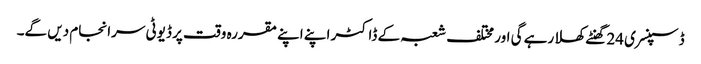
ڈسپنسری 24 گھنٹے کھلا رہے گی اور مختلف شعبہ کے ڈاکٹر اپنے اپنے مقررہ وقت پر ڈیوٹی سرانجام دیں گے۔